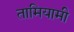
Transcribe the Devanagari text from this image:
तामियामी